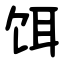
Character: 饵